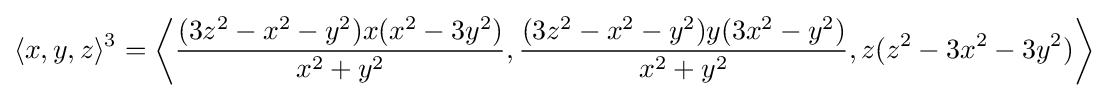
\langle x,y,z\rangle ^{3}=\left\langle {\frac {(3z^{2}-x^{2}-y^{2})x(x^{2}-3y^{2})}{x^{2}+y^{2}}},{\frac {(3z^{2}-x^{2}-y^{2})y(3x^{2}-y^{2})}{x^{2}+y^{2}}},z(z^{2}-3x^{2}-3y^{2})\right\rangle